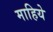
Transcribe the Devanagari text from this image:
माहिये